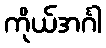
ကိုယ်အင်္ဂါ